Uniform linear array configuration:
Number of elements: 48
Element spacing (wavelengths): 0.25
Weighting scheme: kaiser
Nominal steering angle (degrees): -45
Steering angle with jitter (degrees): -43.894
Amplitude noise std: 0.05
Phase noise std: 0.05

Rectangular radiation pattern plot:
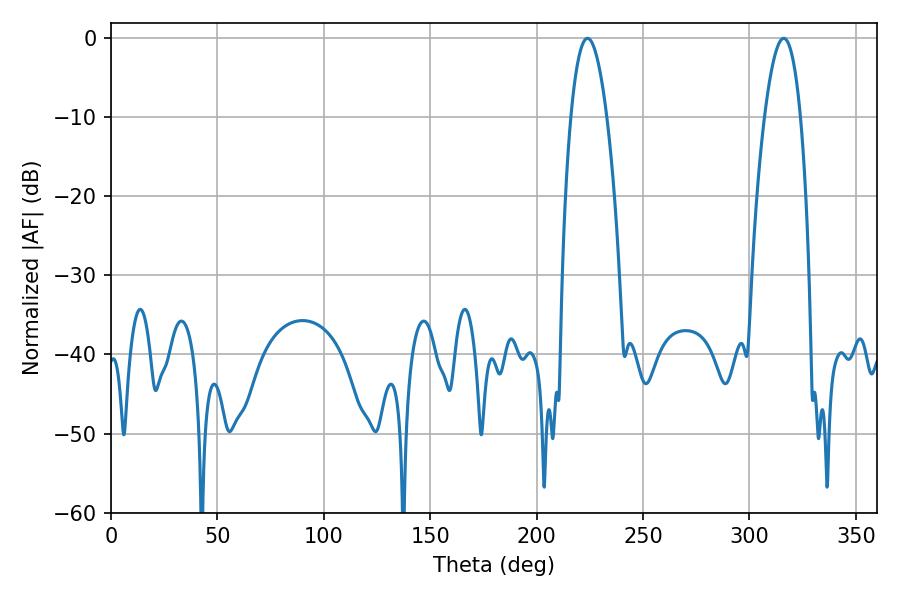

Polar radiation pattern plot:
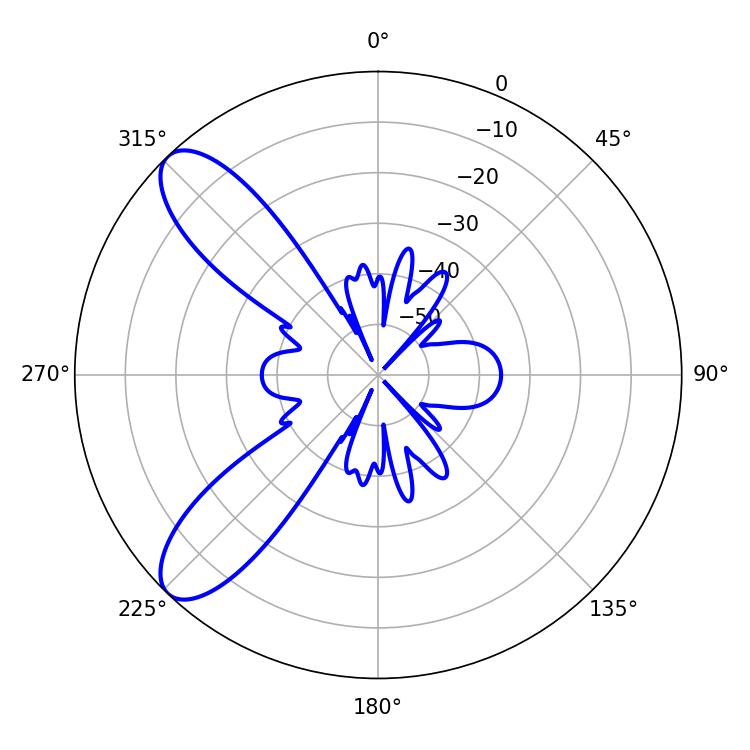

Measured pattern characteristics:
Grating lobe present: FALSE
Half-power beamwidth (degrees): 9.36
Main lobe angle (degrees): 223.92